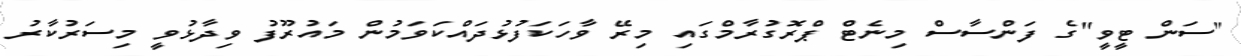
"ސަން ޓީވީ"ގެ ފަންސާސް މިނެޓް ޕްރޮގުރާމްގައި މިރޭ ވާހަކަފުޅުދައްކަވަމުން މައުރޫފު ވިދާޅުވީ މިސަރުކާރު